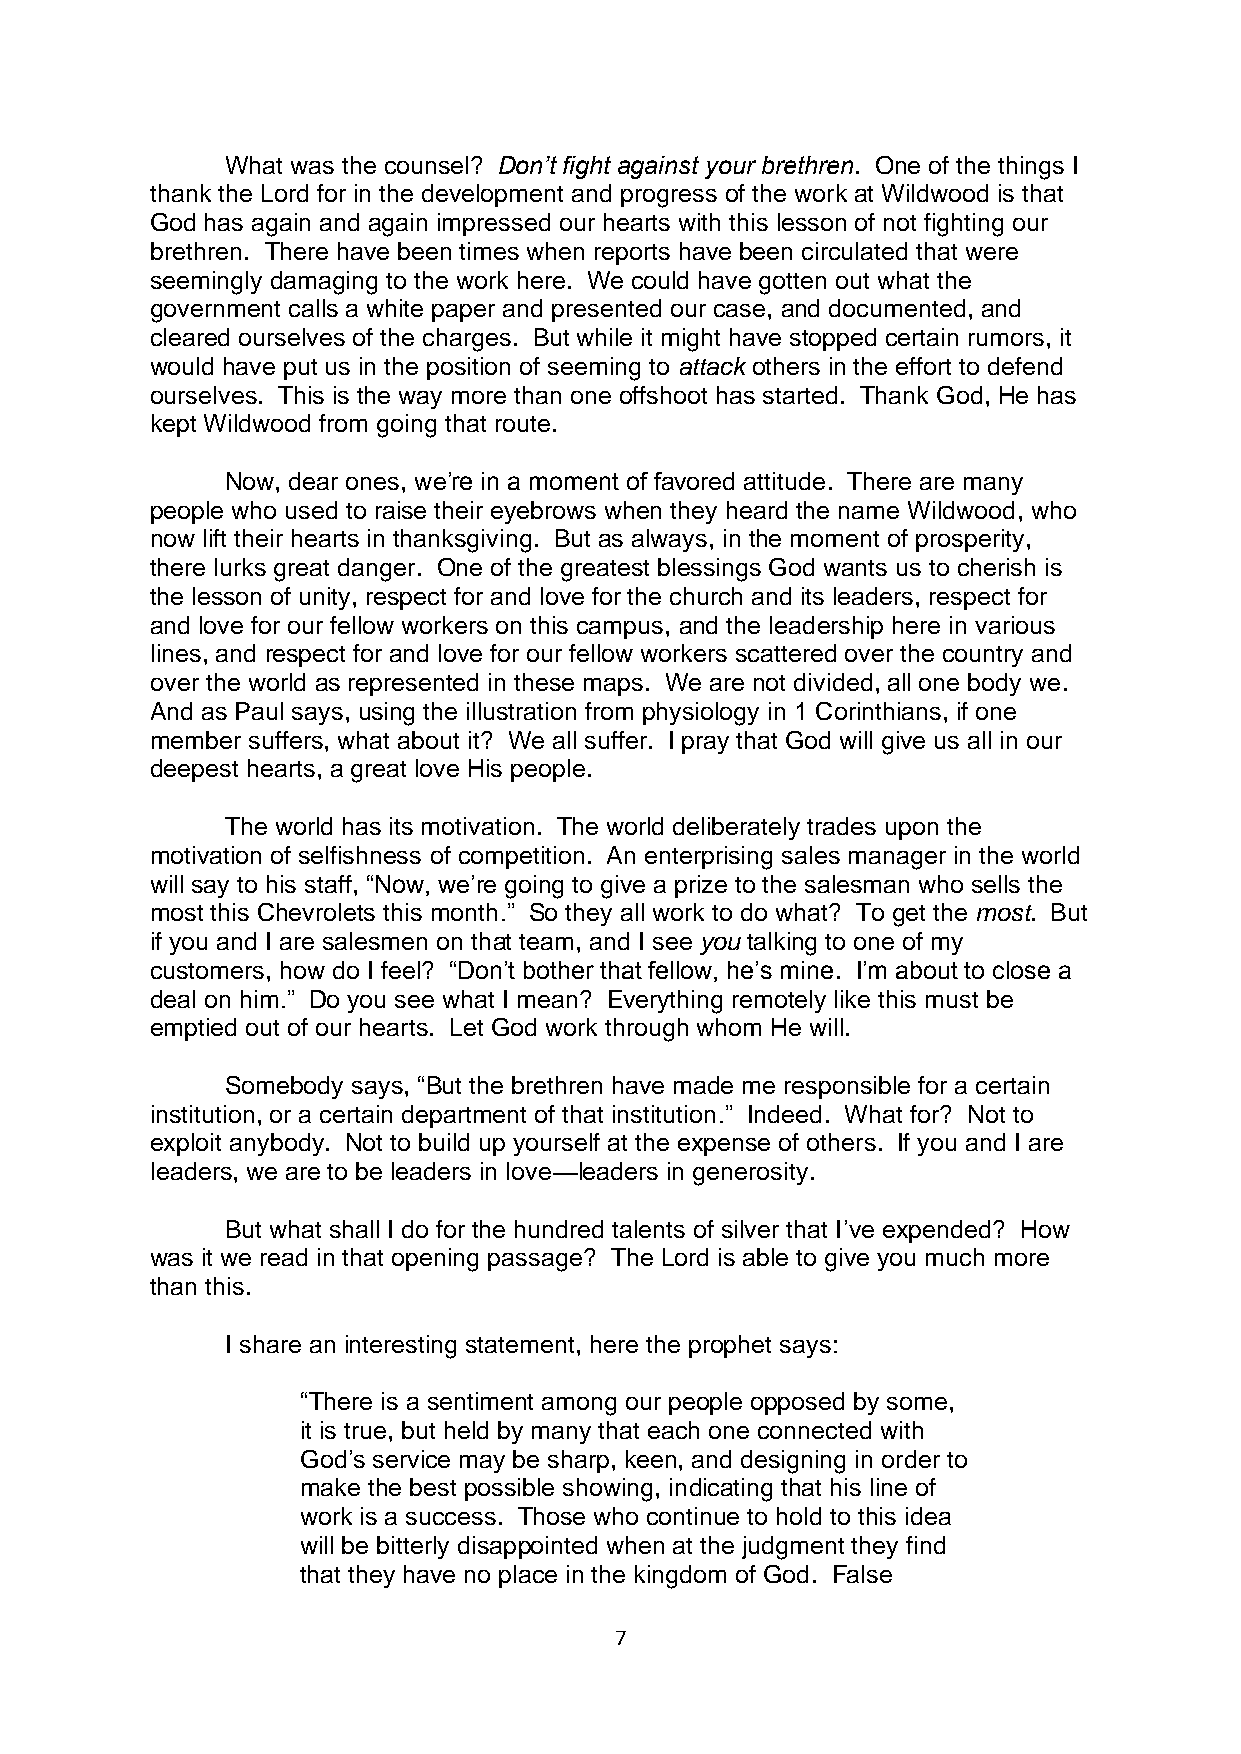
What was the counsel? Don’t fight against your brethren. One of the things I
 thank the Lord for in the development and progress of the work at Wildwood is that
 God has again and again impressed our hearts with this lesson of not fighting our
 brethren. There have been times when reports have been circulated that were
 seemingly damaging to the work here. We could have gotten out what the
 government calls a white paper and presented our case, and documented, and
 cleared ourselves of the charges. But while it might have stopped certain rumors, it
 would have put us in the position of seeming to attack others in the effort to defend
 ourselves. This is the way more than one offshoot has started. Thank God, He has
 kept Wildwood from going that route.
 Now, dear ones, we’re in a moment of favored attitude. There are many
 people who used to raise their eyebrows when they heard the name Wildwood, who
 now lift their hearts in thanksgiving. But as always, in the moment of prosperity,
 there lurks great danger. One of the greatest blessings God wants us to cherish is
 the lesson of unity, respect for and love for the church and its leaders, respect for
 and love for our fellow workers on this campus, and the leadership here in various
 lines, and respect for and love for our fellow workers scattered over the country and
 over the world as represented in these maps. We are not divided, all one body we.
 And as Paul says, using the illustration from physiology in 1 Corinthians, if one
 member suffers, what about it? We all suffer. I pray that God will give us all in our
 deepest hearts, a great love His people.
 The world has its motivation. The world deliberately trades upon the
 motivation of selfishness of competition. An enterprising sales manager in the world
 will say to his staff, “Now, we’re going to give a prize to the salesman who sells the
 most this Chevrolets this month.” So they all work to do what? To get the most. But
 if you and I are salesmen on that team, and I see you talking to one of my
 customers, how do I feel? “Don’t bother that fellow, he’s mine. I’m about to close a
 deal on him.” Do you see what I mean? Everything remotely like this must be
 emptied out of our hearts. Let God work through whom He will.
 Somebody says, “But the brethren have made me responsible for a certain
 institution, or a certain department of that institution.” Indeed. What for? Not to
 exploit anybody. Not to build up yourself at the expense of others. If you and I are
 leaders, we are to be leaders in love—leaders in generosity.
 But what shall I do for the hundred talents of silver that I’ve expended? How
 was it we read in that opening passage? The Lord is able to give you much more
 than this.
 I share an interesting statement, here the prophet says:
 “There is a sentiment among our people opposed by some,
 it is true, but held by many that each one connected with
 God’s service may be sharp, keen, and designing in order to
 make the best possible showing, indicating that his line of
 work is a success. Those who continue to hold to this idea
 will be bitterly disappointed when at the judgment they find
 that they have no place in the kingdom of God. False
 7